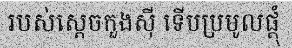
របស់ស្តេចកួងស៊ី ទើបប្រមូលផ្តុំ